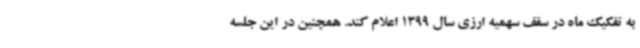
به تفکیک ماه در سقف سهمیه ارزی سال 1399 اعلام کند. همچنین در این جلسه